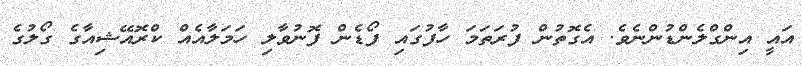
އައީ އިންގްލެންޑުންނެވެ. އެގޮތުން ފުރަތަމަ ހާފުގައި ފޯޑެން ފޮނުވާލި ހަމަލާއެއް ކްރޮއޭޝިއާގެ ގޯލުގެ